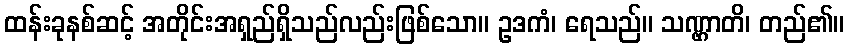
ထန်းခုနစ်ဆင့် အတိုင်းအရှည်ရှိသည်လည်းဖြစ်သော။ ဥဒကံ၊ ရေသည်။ သဏ္ဌာတိ၊ တည်၏။